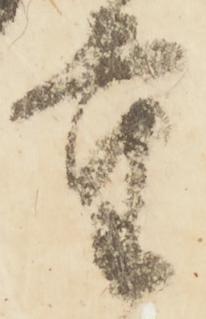
重